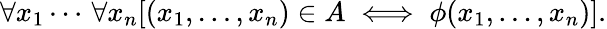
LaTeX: \forall x_{1}\cdots\, \forall x_{n}[(x_{1},\ldots,x_{n})\in A\iff\phi(x_{1},\ldots,x_{n})].